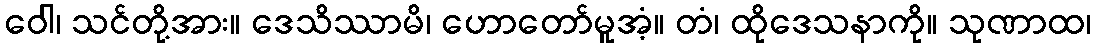
ဝေါ၊ သင်တို့အား။ ဒေသိဿာမိ၊ ဟောတော်မူအံ့။ တံ၊ ထိုဒေသနာကို။ သုဏာထ၊